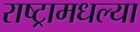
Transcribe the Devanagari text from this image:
राष्ट्रामधल्या